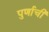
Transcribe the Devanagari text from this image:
पुर्णाची